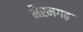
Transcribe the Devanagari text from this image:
भैरमगढ़